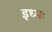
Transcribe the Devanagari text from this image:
इध्मः